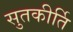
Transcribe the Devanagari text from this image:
सुतकीर्ति